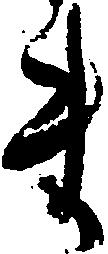
ま